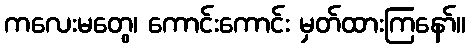
ကလေးမတွေ၊ ကောင်းကောင်း မှတ်ထားကြနော်။